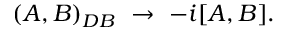
( A , B ) _ { D B } \ \to \ - i [ A , B ] .